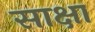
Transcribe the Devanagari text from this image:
साक्षा